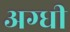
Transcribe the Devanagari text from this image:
अग्धी